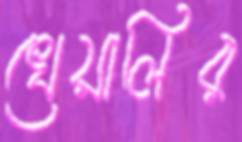
খেয়ালির